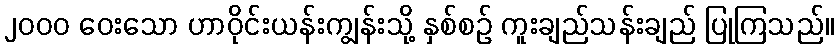
၂၀၀၀ ဝေးသော ဟာဝိုင်းယန်းကျွန်းသို့ နှစ်စဉ် ကူးချည်သန်းချည် ပြုကြသည်။